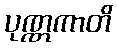
ပုဏ္ဏကာတိ